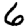
Digit: 6